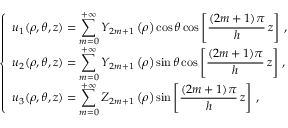
\left\{ \begin{array} { l l } { \displaystyle { u _ { 1 } ( \rho , \theta , z ) = \sum _ { m = 0 } ^ { + \infty } Y _ { 2 m + 1 } \left( \rho \right) \cos \theta \cos \left[ \frac { ( 2 m + 1 ) \pi } h \, z \right] \, , } } \\ { \displaystyle { u _ { 2 } ( \rho , \theta , z ) = \sum _ { m = 0 } ^ { + \infty } Y _ { 2 m + 1 } \left( \rho \right) \sin \theta \cos \left[ \frac { ( 2 m + 1 ) \pi } h \, z \right] \, , } } \\ { \displaystyle { u _ { 3 } ( \rho , \theta , z ) = \sum _ { m = 0 } ^ { + \infty } Z _ { 2 m + 1 } \left( \rho \right) \sin \left[ \frac { ( 2 m + 1 ) \pi } h \, z \right] \, , } } \end{array} \right.